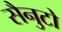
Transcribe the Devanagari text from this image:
सैनुटो